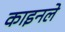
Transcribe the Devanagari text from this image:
काइनले